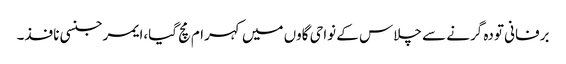
برفانی تودہ گرنے سے چلاس کے نواحی گاوں میں کہرام مچ گیا،ایمرجنسی نافذ۔